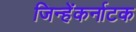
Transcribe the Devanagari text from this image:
जिन्हेंकर्नाटक